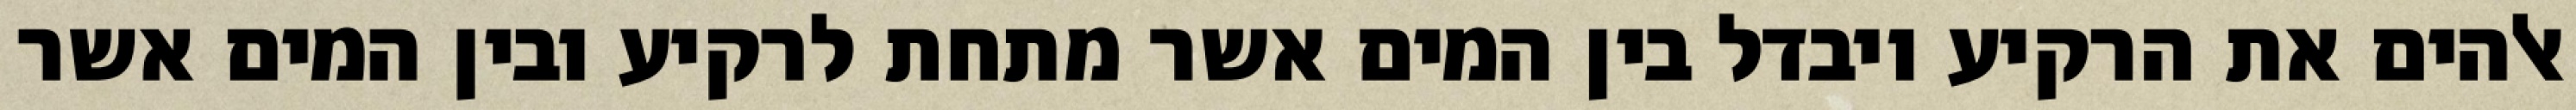
אלהים את הרקיע ויבדל בין המים אשר מתחת לרקיע ובין המים אשר